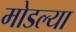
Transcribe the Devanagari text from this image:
मोडल्या